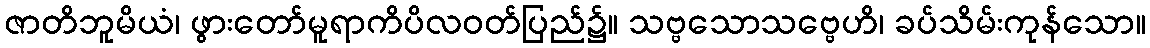
ဇာတိဘူမိယံ၊ ဖွားတော်မူရာကိပိလဝတ်ပြည်၌။ သဗ္ဗသောသဗ္ဗေဟိ၊ ခပ်သိမ်းကုန်သော။